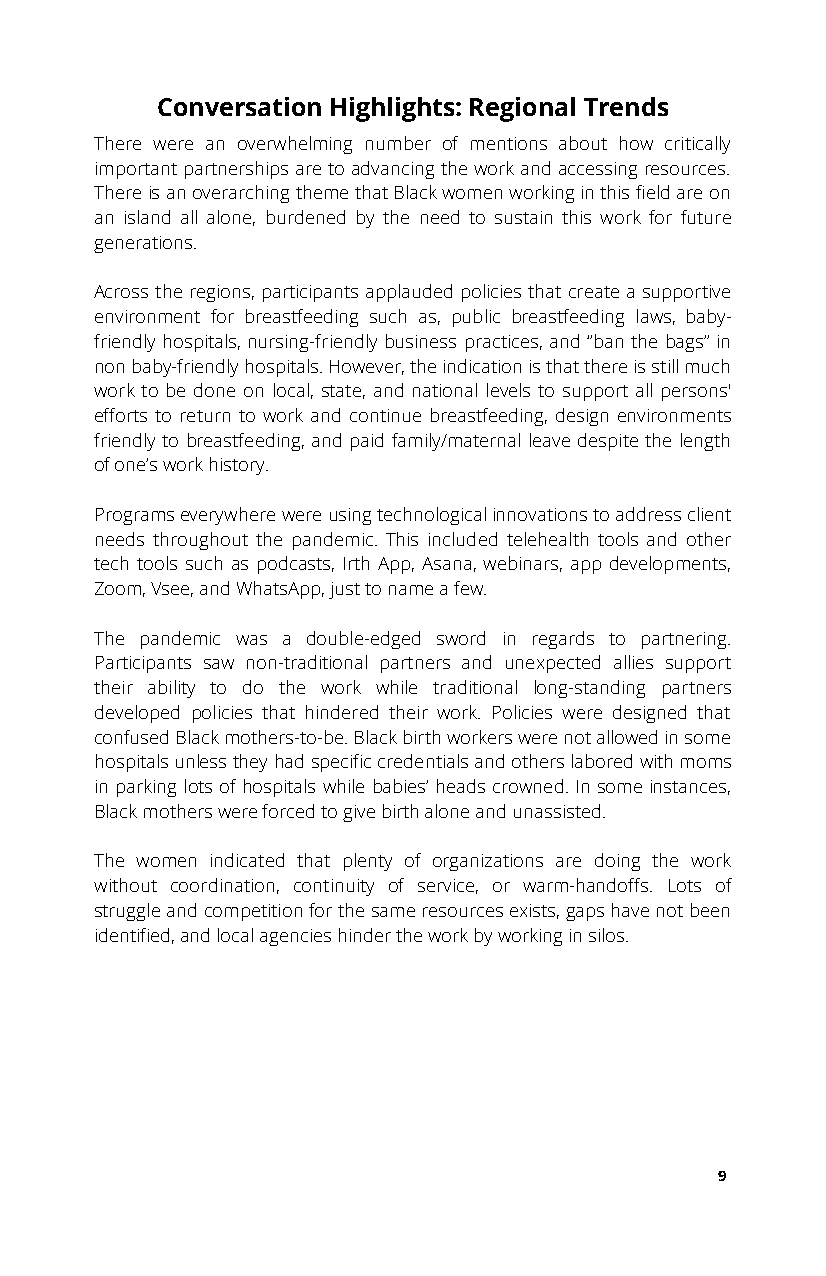
Conversation Highlights: Regional Trends
 There were an overwhelming numb er of mentions about how critically
 important partnerships are to advancing the work and accessing resources.
 There is an overarching theme that Black women working in this field are on
 an island all alone, burdened by the need to sustain this work for future
 generations.
 Across the regions, participants applauded policies that create a supportive
 environment for breastfeeding such as, public breastfeeding laws, baby-
 friendly hospitals, nursing-friendly business practices, and “ban the bags” in
 non baby-friendly hospitals. However, the indication is that there is still much
 work to be done on local, state, and national levels to support all persons'
 efforts to return to work and continue breastfeeding, design environments
 friendly to breastfeeding, and paid family/maternal leave despite the length
 of one’s work history.
 Programs everywhere were using technological innovations to address client
 needs throughout the pandemic. This included telehealth tools and other
 tech tools such as podcasts, Irth App, Asana, webinars, app developments,
 Zoom, Vsee, and WhatsApp, just to name a few.
 The pandemic was a double-edged sword in regards to partnering.
 Participants saw non-traditional partners and unexpected allies support
 their ability to do the work while traditional long-standing partners
 developed policies that hindered their work. Policies were designed that
 confused Black mothers-to-be. Black birth workers were not allowed in some
 hospitals unless they had specific credentials and others labored with moms
 in parking lots of hospitals while babies’ heads crowned. In some instances,
 Black mothers were forced to give birth alone and unassisted.
 The women indicated that plenty of organizations are doing the work
 without coordination, continuity of service, or warm-handoffs. Lots of
 struggle and competition for the same resources exists, gaps have not been
 identified, and local agencies hinder the work by working in silos.
 9